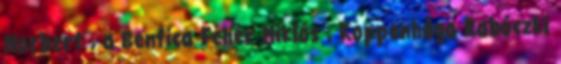
Norbert , a Benfica Fehér Miklós , Koppenhága Rabóczki